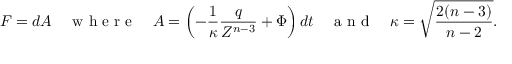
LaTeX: F = d A \quad \textrm { w h e r e } \quad A = \left( - \frac { 1 } { \kappa } \frac { q } { Z ^ { n - 3 } } + \Phi \right) d t \quad \textrm { a n d } \quad \kappa = \sqrt { \frac { 2 ( n - 3 ) } { n - 2 } } .